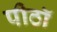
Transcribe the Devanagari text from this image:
पीठॉ